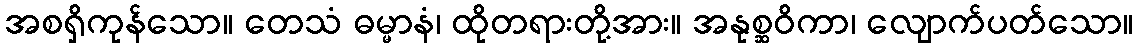
အစရှိကုန်သော။ တေသံ ဓမ္မာနံ၊ ထိုတရားတို့အား။ အနုစ္ဆဝိကာ၊ လျောက်ပတ်သော။